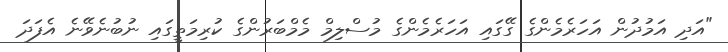
"އަދި އަމުދުން އަހަރެމެންގެ ގޭގައި އަހަރެމެންގެ މުސްލިމް މެމްބަރުންގެ ކުރިމަތީގައި ނުބުނެވޭނެ އެފަދަ